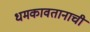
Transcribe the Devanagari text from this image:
धमकावतानाची